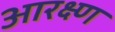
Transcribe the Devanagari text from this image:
आरक्ष्ण